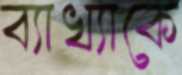
ব্যাখ্যাকে